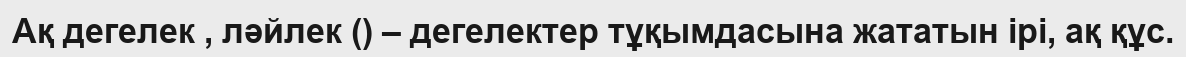
Ақ дегелек , ләйлек () – дегелектер тұқымдасына жататын ірі, ақ құс.